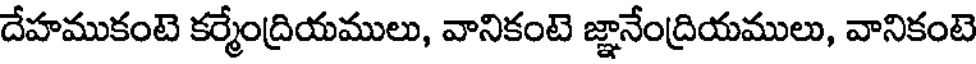
దేహముకంటె కర్మేంద్రియములు, వానికంటె జ్ఞానేంద్రియములు, వానికంటె